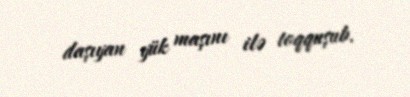
daşıyan yük maşını ilə toqquşub.